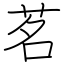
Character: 茗